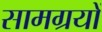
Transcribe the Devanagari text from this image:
सामग्रयों